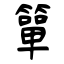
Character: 簞